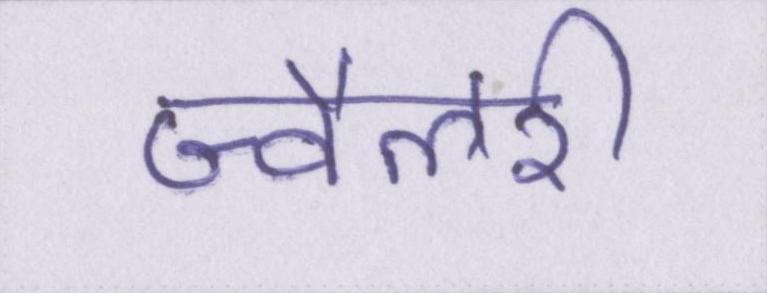
ज्वैलरी